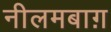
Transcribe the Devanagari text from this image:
नीलमबाग़